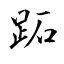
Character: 跖